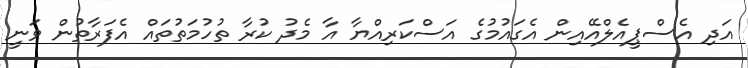
އަދި އެސްޕީއެލްއޭއިން އެގައުމުގެ އަސްކަރިއްޔާ އާ މެދު ކުރާ ތުހުމަތުތައް އެފަރާތުން ވަނީ